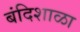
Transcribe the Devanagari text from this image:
बंदिशाळा